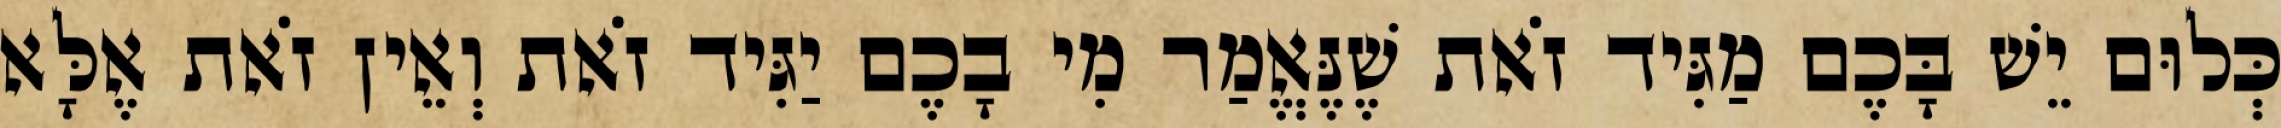
כְּלוּם יֵשׁ בָּכֶם מַגִּיד זֹאת שֶׁנֶּאֱמַר מִי בָכֶם יַגִּיד זֹאת וְאֵין זֹאת אֶלָּא